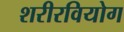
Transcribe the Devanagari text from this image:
शरीरवियोग